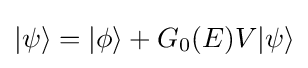
|\psi \rangle =|\phi \rangle +G_{0}(E)V|\psi \rangle